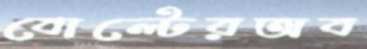
বোল্টেরঅব